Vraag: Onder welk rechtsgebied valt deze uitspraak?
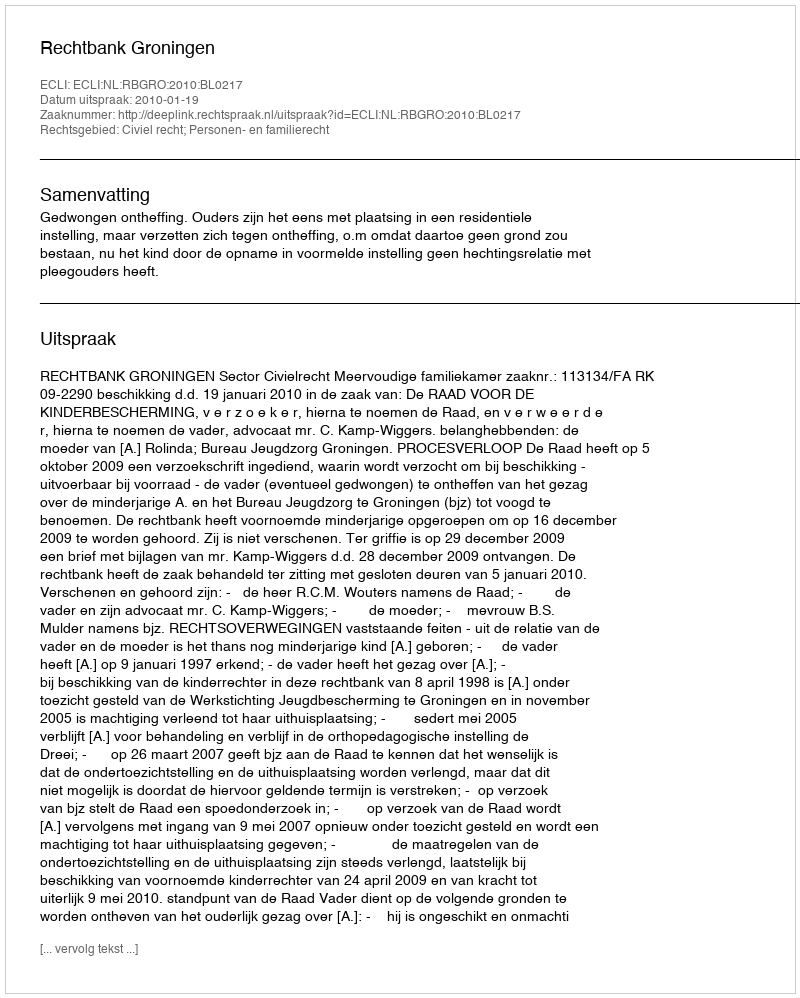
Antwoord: Civiel recht; Personen- en familierecht